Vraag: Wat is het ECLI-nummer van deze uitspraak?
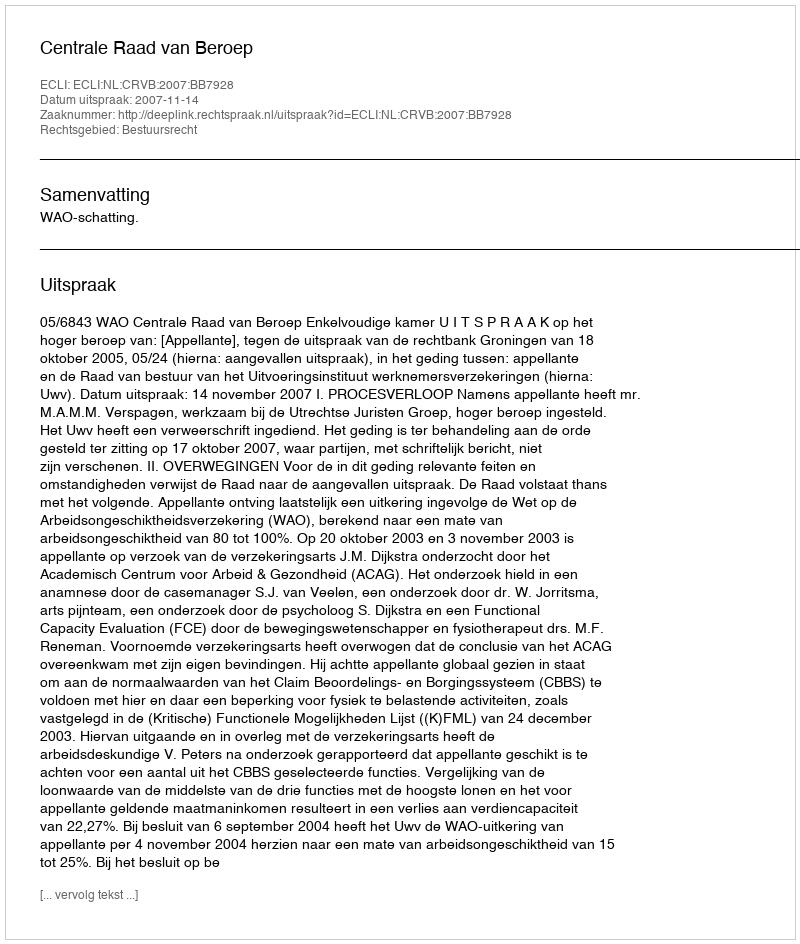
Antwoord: ECLI:NL:CRVB:2007:BB7928